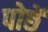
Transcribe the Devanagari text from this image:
पोछें